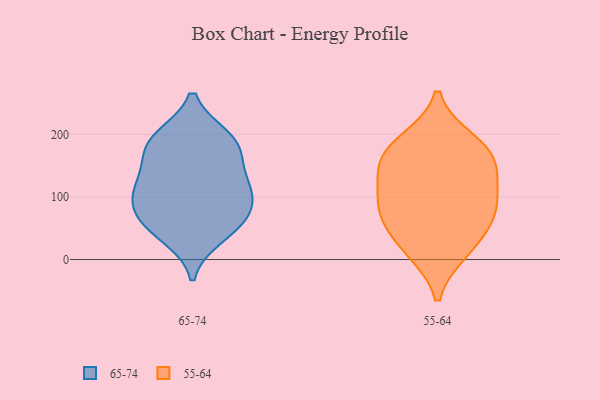
{"axis": {"x": "Inventory Turnover", "y": "Value"}, "legend": ["55-64", "65-74"], "data": [{"x": "", "y": 172, "type": "65-74"}, {"x": "", "y": 61, "type": "65-74"}, {"x": "", "y": 145, "type": "65-74"}, {"x": "", "y": 183, "type": "65-74"}, {"x": "", "y": 73, "type": "65-74"}, {"x": "", "y": 115, "type": "65-74"}, {"x": "", "y": 92, "type": "65-74"}, {"x": "", "y": 112, "type": "65-74"}, {"x": "", "y": 195, "type": "65-74"}, {"x": "", "y": 110, "type": "65-74"}, {"x": "", "y": 37, "type": "65-74"}, {"x": "", "y": 52, "type": "65-74"}, {"x": "", "y": 195, "type": "65-74"}, {"x": "", "y": 22, "type": "55-64"}, {"x": "", "y": 70, "type": "55-64"}, {"x": "", "y": 173, "type": "55-64"}, {"x": "", "y": 189, "type": "55-64"}, {"x": "", "y": 143, "type": "55-64"}, {"x": "", "y": 14, "type": "55-64"}, {"x": "", "y": 70, "type": "55-64"}, {"x": "", "y": 103, "type": "55-64"}, {"x": "", "y": 171, "type": "55-64"}, {"x": "", "y": 134, "type": "55-64"}, {"x": "", "y": 80, "type": "55-64"}]}